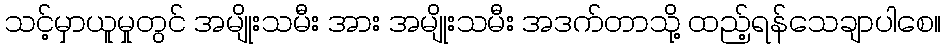
သင့်မှာယူမှုတွင် အမျိုးသမီး အား အမျိုးသမီး အဒက်တာသို့ ထည့်ရန်သေချာပါစေ။